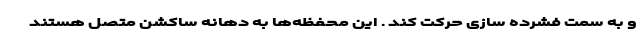
و به سمت فشرده سازی حرکت کند . این محفظه‌ها به دهانه ساکشن متصل هستند